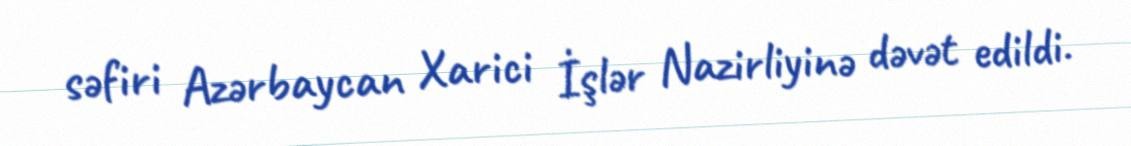
səfiri Azərbaycan Xarici İşlər Nazirliyinə dəvət edildi.